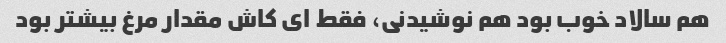
هم سالاد خوب بود هم نوشیدنی، فقط ای کاش مقدار مرغ بیشتر بود